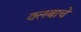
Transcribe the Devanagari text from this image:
क्लबाचे